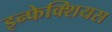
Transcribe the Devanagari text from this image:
इन्फेक्शियस